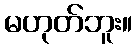
မဟုတ်ဘူး။